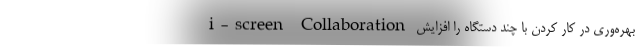
i-screen Collaboration بهره‌وری در کار کردن با چند دستگاه را افزایش